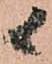
候